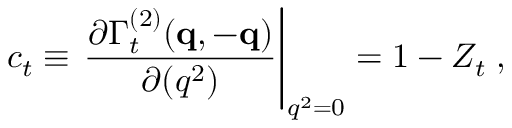
c _ { t } \equiv \left. \frac { \partial \Gamma _ { t } ^ { ( 2 ) } ( { \bf { q } } , - { \bf { q } } ) } { \partial ( q ^ { 2 } ) } \right| _ { q ^ { 2 } = 0 } = 1 - Z _ { t } \; ,